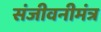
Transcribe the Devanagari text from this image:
संजीवनीमंत्र